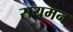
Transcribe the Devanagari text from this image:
रायमन